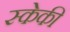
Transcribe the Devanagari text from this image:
स्केकी